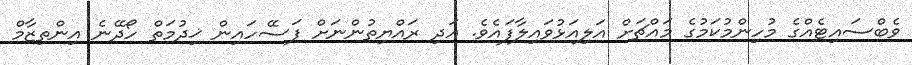
ވެބްސައިޓެއްގެ މުހިންމުކަމުގެ މައްޗަށް އަލިއަޅުވައިލާފައެވެ. އަދި ރައްޔިތުންނަށް ފަސޭހައިން ޚިދުމަތް ހޯދޭނެ އިންތިޒާމް